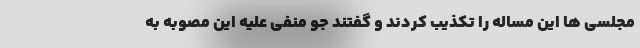
مجلسی ها این مساله را تکذیب کردند و گفتند جو منفی علیه این مصوبه به